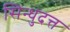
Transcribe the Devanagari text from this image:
सिन्धुदत्त